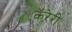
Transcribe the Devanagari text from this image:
कॅरेरी